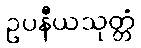
ဥပနီယသုတ္တံ